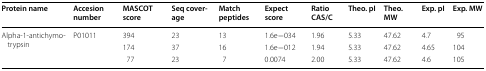
| Protein name | Accesion number | MASCOT score | Seq coverage | Match peptides | Expect score | Ratio CAS/C | Theo. pI | Theo. MW | Exp. pI | Exp. MW |
 | --- | --- | --- | --- | --- | --- | --- | --- | --- | --- | --- |
 | <ROWSPAN=3> Alpha-1-antichymotrypsin | <ROWSPAN=3> P01011 | 394 | 23 | 13 | 1.6e−034 | 1.96 | 5.33 | 47.62 | 4.7 | 95 |
 | 174 | 37 | 16 | 1.6e−012 | 1.94 | 5.33 | 47.62 | 4.65 | 104 |
 | 77 | 23 | 7 | 0.0074 | 2.00 | 5.33 | 47.62 | 4.6 | 105 |